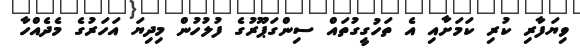
ވިޔަފާރި ކުރި ކަމަށާއި އެ ތަހުގީގުތައް ސިންގަޕޫރުގެ ފުލުހުން މިދިޔަ އަހަރުގެ މެދެއްހާ